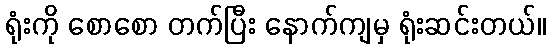
ရုံးကို စောစော တက်ပြီး နောက်ကျမှ ရုံးဆင်းတယ်။